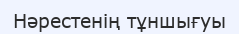
Нәрестенің тұншығуы